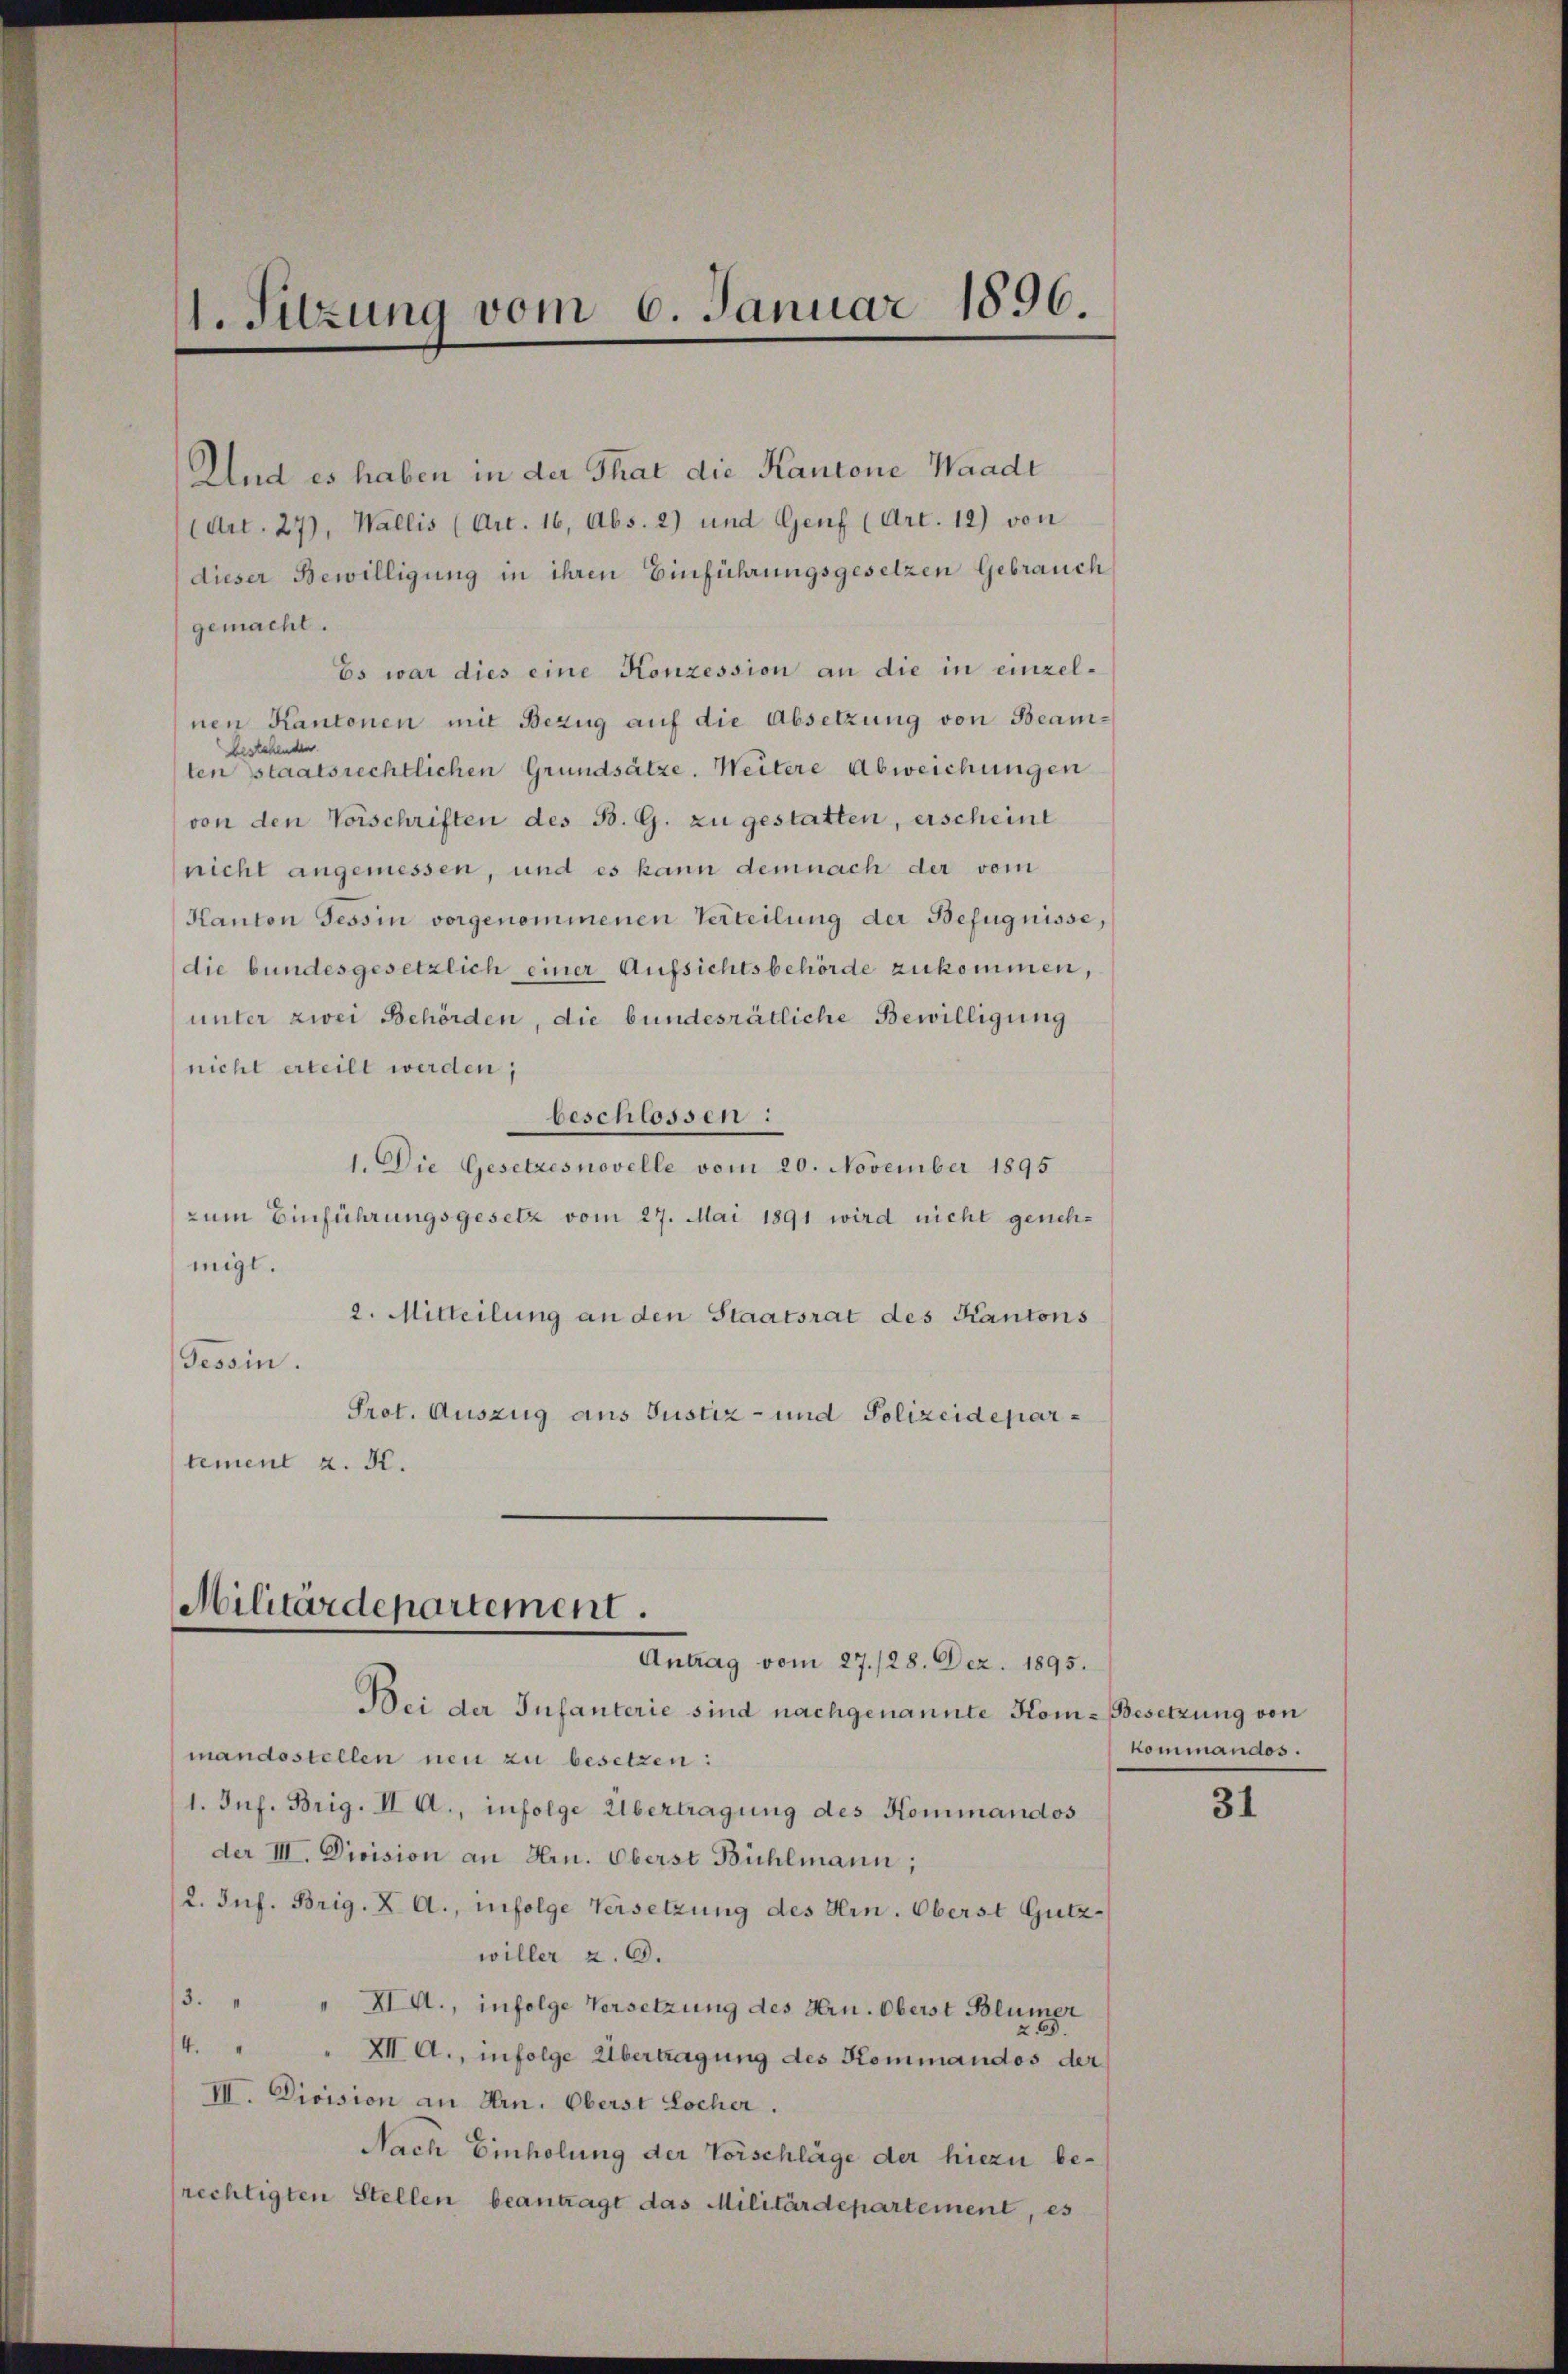
1. Sitzung vom 6. Januar 1896.

Und es haben in der That die Kantone Waadt
(Art. 27), Wallis (Art. 16, Abs. 2) und Genf (Art. 12) von
dieser Bewilligung in ihren Einführungsgesetzen Gebrauch
gemacht.
Es war dies eine Konzession an die in einzelnen Kantonen mit Bezug auf die Absetzung von Beambestehenden
ten staatsrechtlichen Grundsätze. Weitere Abweichungen
von den Vorschriften des B. G. zu gestatten, erscheint
nicht angemessen, und es kann demnach der vom
Kanton Tessin vorgenommenen Verteilung der Befugnisse,
die bundesgesetzlich einer Aufsichtsbehörde zukommen,
unter zwei Behörden, die bundesrätliche Bewilligung
nicht erteilt werden,
beschlossen:
1. Die Gesetzesnovelle vom 20. November 1895
zum Einführungsgesetz vom 27. Mai 1891 wird nicht genehmigl.
2. Mitteilung an den Staatsrat des Kantons
Tessin.
Prot. Auszug aus Justiz- und Polizeidepartement z. K.

Militärdepartement.
Antrag vom 27./28. Dez. 1895.

Bei der Infanterie sind nachgenannte Kom-Besetzung von
mandestellen neu zu besetzen:
1. Inf. Brig. II A., infolge Übertragung des Kommandos
der III. Division an Hrn. Oberst Bühlmann;
2. Jnf. Brig. X A., infolge Versetzung des Hrn. Oberst Gutzwiller 2. 6.
3. " " HI A., infolge Versetzung des Hrn. Oberst Blümer
4. " " XII A., infolge Übertragung des Kommandos der
III. Division an Hrn. Oberst Locher.
Nach Einholung der Vorschläge der hiezu berechtigten Stellen beantragt das Militärdepartement, es

Kommandos.

31